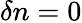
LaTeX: \delta n=0